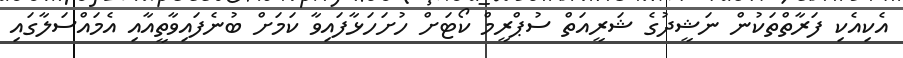
އެކިއެކި ފަރާތްތަކުން ނަޝީދުގެ ޝަރީއަތް ސުޕްރީމް ކޯޓަށް ހުށަހަޅާފައިވާ ކަމަށް ބުނެފައިވާތީއާއި އެމައްސަލާގައި